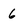
Character: 6